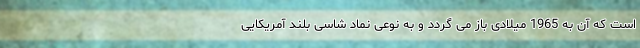
است که آن به 1965 میلادی باز می گردد و به نوعی نماد شاسی بلند آمریکایی